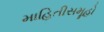
માહિતીસમૂહો